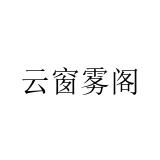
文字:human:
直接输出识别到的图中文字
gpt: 云窗雾阁